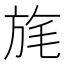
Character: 旄